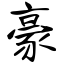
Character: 豪